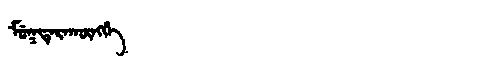
Manchu: ᠮᡠᡴᡨᡝᡵᠠᡴᡡᠩᡤᡝ
Romanization: MUKTERAKŪNGGE